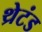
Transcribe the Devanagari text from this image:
थ्रेटंड